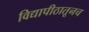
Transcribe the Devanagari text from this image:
विद्यापीठातूनच